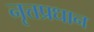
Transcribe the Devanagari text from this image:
नृत्तप्रधान